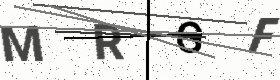
Text: MRGF